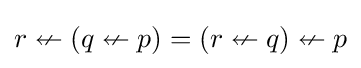
r\nleftarrow (q\nleftarrow p)=(r\nleftarrow q)\nleftarrow p